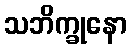
သဘိက္ခုနော